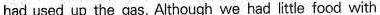
had used up the gas. Although we had little food with